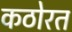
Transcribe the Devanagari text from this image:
कठोरत